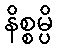
နိစ္စမ္ပိ